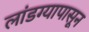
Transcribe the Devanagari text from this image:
लांडग्यापासून